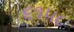
૬૧૫૮